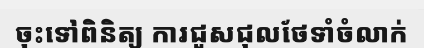
ចុះទៅពិនិត្យ ការជួសជុលថែទាំចំលាក់